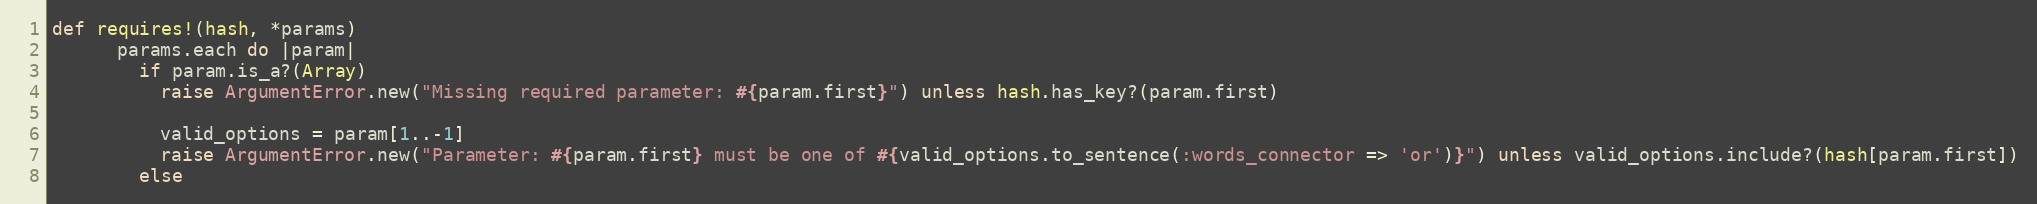
Language: Ruby
def requires!(hash, *params)
      params.each do |param|
        if param.is_a?(Array)
          raise ArgumentError.new("Missing required parameter: #{param.first}") unless hash.has_key?(param.first)

          valid_options = param[1..-1]
          raise ArgumentError.new("Parameter: #{param.first} must be one of #{valid_options.to_sentence(:words_connector => 'or')}") unless valid_options.include?(hash[param.first])
        else